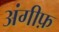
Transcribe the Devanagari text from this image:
अंगीफ़